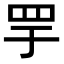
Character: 𬙘